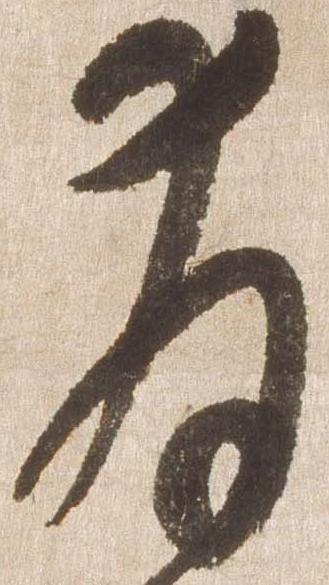
拝